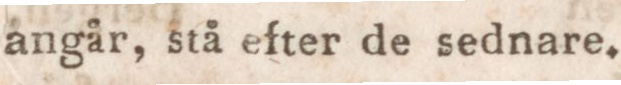
angår, stå efter de sednare.